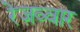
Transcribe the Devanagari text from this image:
रेज़व्वार